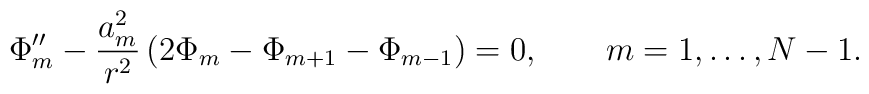
\Phi_m'' - \frac{a_m^2}{r^2}\left(2\Phi_m - \Phi_{m+1}- \Phi_{m-1} \right)=0 ,\qquad m=1,\ldots,N-1 .